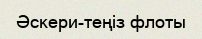
Әскери-теңіз флоты